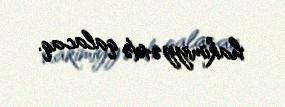
hakimiyyətdə qalacaq.